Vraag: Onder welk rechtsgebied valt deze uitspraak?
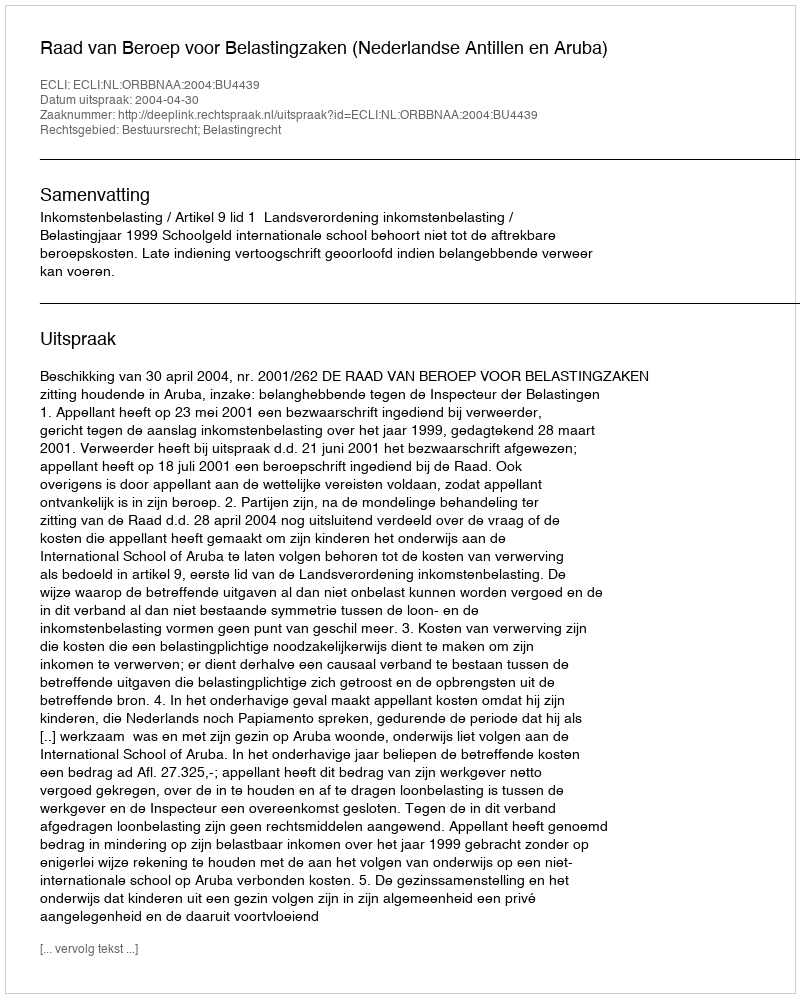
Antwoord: Bestuursrecht; Belastingrecht